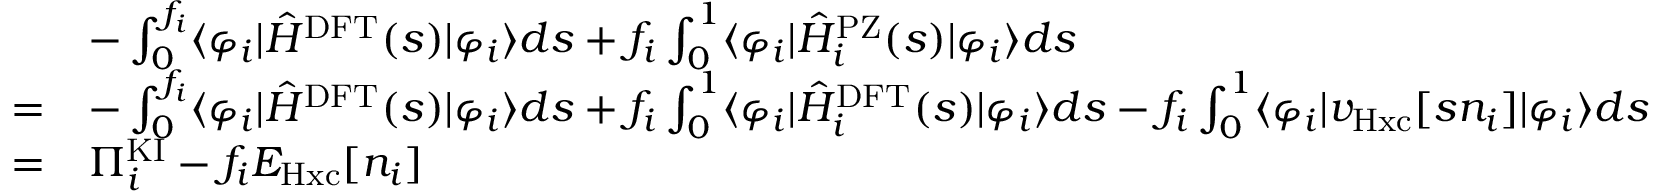
\begin{array} { r l } & { - \int _ { 0 } ^ { f _ { i } } \langle \varphi _ { i } | \hat { H } ^ { \mathrm { D F T } } ( s ) | \varphi _ { i } \rangle d s + f _ { i } \int _ { 0 } ^ { 1 } \langle \varphi _ { i } | \hat { H } _ { i } ^ { \mathrm { P Z } } ( s ) | \varphi _ { i } \rangle d s } \\ { = } & { - \int _ { 0 } ^ { f _ { i } } \langle \varphi _ { i } | \hat { H } ^ { \mathrm { D F T } } ( s ) | \varphi _ { i } \rangle d s + f _ { i } \int _ { 0 } ^ { 1 } \langle \varphi _ { i } | \hat { H } _ { i } ^ { \mathrm { D F T } } ( s ) | \varphi _ { i } \rangle d s - f _ { i } \int _ { 0 } ^ { 1 } \langle \varphi _ { i } | v _ { \mathrm { H x c } } [ s n _ { i } ] | \varphi _ { i } \rangle d s } \\ { = } & { \Pi _ { i } ^ { \mathrm { K I } } - f _ { i } E _ { \mathrm { H x c } } [ n _ { i } ] } \end{array}